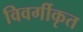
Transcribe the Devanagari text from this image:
विवर्गीकृत